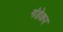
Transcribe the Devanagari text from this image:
गंडेकर